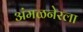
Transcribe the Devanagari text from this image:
अंमळनेरला